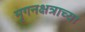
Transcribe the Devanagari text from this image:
मृगनक्षत्राच्या